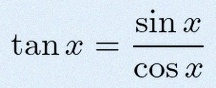
\tan x=\frac{\sin x}{\cos x}